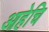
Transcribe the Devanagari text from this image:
आहेचि